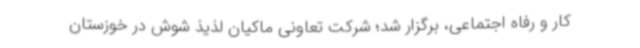
کار و رفاه اجتماعی، برگزار شد؛ شرکت تعاونی ماکیان لذیذ شوش در خوزستان